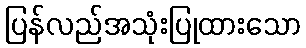
ပြန်လည်အသုံးပြုထားသော